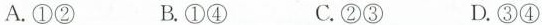
A.①② B.①④ C.②③ D.③④